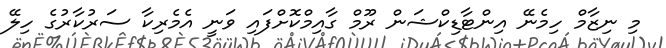
މި ނިޒާމް ހިމެނޭ އިންޓާޑިކްޝަން ރޫމް ގާއިމްކޮށްފައި ވަނީ އެމެރިކާ ސަރުކާރުގެ ހިލޭ